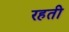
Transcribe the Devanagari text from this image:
रहती